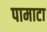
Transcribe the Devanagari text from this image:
पामाटा